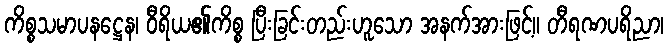
ကိစ္စသမာပနဋ္ဌေန၊ ဝီရိယ၏ကိစ္စ ပြီးခြင်းတည်းဟူသော အနက်အားဖြင့်။ တီရဏပရိညာ၊